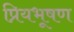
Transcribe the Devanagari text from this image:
प्रियभूषण